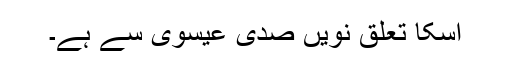
اسکا تعلق نویں صدی عیسوی سے ہے۔